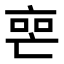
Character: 𬽐